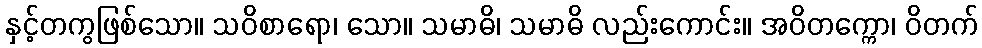
နှင့်တကွဖြစ်သော။ သဝိစာရော၊ သော။ သမာဓိ၊ သမာဓိ လည်းကောင်း။ အဝိတက္ကော၊ ဝိတက်